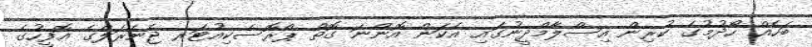
ބަހެއް ހޯދުމުގެ ކުރިން އިސްލާމްދީނުގައި އެކަން އޮންނަ ގޮތް ޕްރޮސެކިއުޓަރ ޖެނެރަލްގެ އޮފީހުގެ